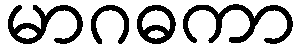
မာဂဓကာ